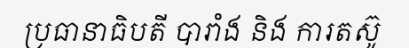
ប្រធានាធិបតី បារាំង និង ការតស៊ូ